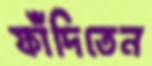
ফাঁদিতেন